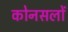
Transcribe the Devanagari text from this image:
कोनसलों